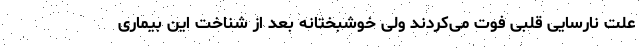
علت نارسایی قلبی فوت می‌کردند ولی خوشبختانه بعد از شناخت این بیماری